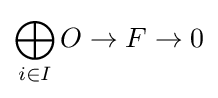
\bigoplus _{i\in I}O\to F\to 0